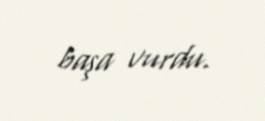
başa vurdu.